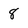
Character: 8